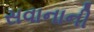
સવાનાની